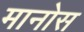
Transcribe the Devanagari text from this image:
मानोस